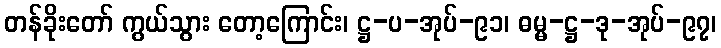
တန်ခိုးတော် ကွယ်သွား တော့ကြောင်း၊ ဋ္ဌ-ပ-အုပ်-၉၁၊ ဓမ္မ-ဋ္ဌ-ဒု-အုပ်-၉၇၊